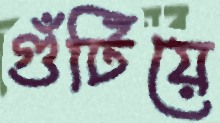
গুঁটিয়ে